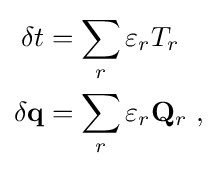
{\begin{aligned}\delta t&=\sum _{r}\varepsilon _{r}T_{r}\\\delta \mathbf {q} &=\sum _{r}\varepsilon _{r}\mathbf {Q} _{r}~,\end{aligned}}